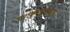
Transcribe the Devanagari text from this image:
परोक्षज्ञानरूपा